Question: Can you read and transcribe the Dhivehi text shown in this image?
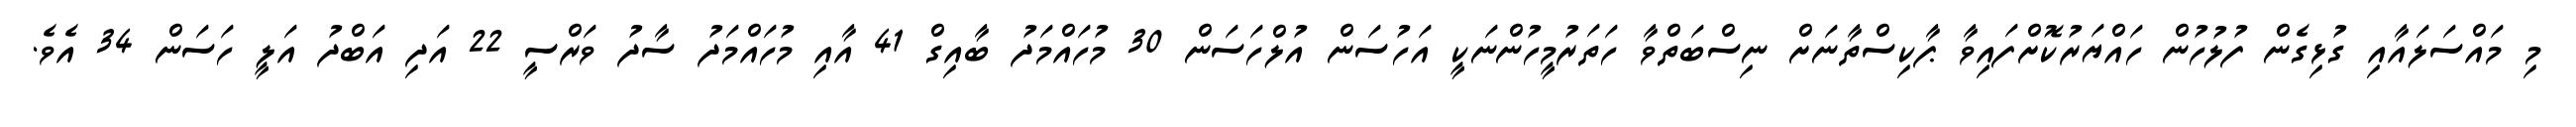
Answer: މި މައްސަލައާއި ގުޅިގެން ފުލުހުން ހައްޔަރުކޮށްފައިވާ ޕާކިސްތާނަށް ނިސްބަތްވާ ހަތަރުމީހުންނަކީ އަހުސަން އުލްހަސަން 30 މުހައްމަދު ބާއިގް 41 އާއި މުހައްމަދު ސާދު ވަރްސީ 22 އަދި އަބްދު އަލީ ހަސަން 34 އެވެ.